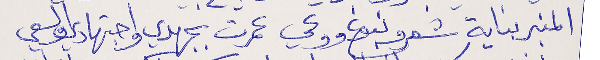
المنبر بناية شعر ونبوغ ووعي  عمرت بجهدي واجتهادي والسعي